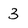
Character: 3